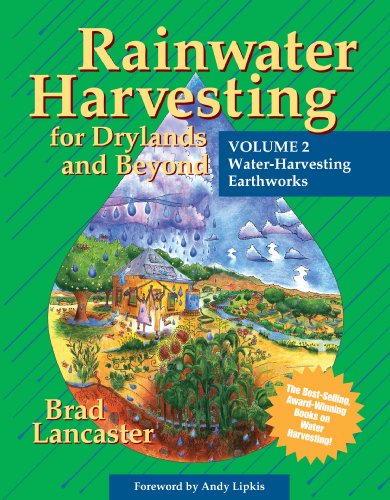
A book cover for Rainwater Harvesting for Drylands and Beyond (Vol. 2): Water-Harvesting Earthworks; Brad Lancaster; Crafts, Hobbies & Home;